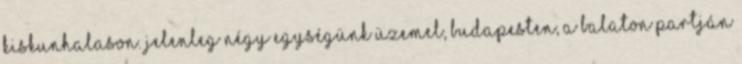
Kiskunhalason. Jelenleg négy egységünk üzemel, Budapesten, a Balaton partján